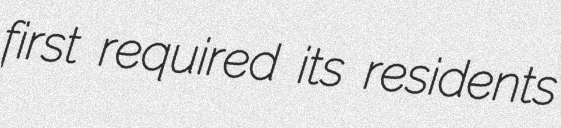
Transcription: first required its residents